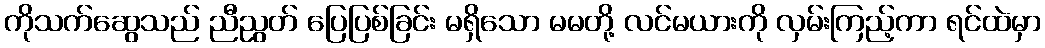
ကိုသက်ဆွေသည် ညီညွတ် ပြေပြစ်ခြင်း မရှိသော မမတို့ လင်မယားကို လှမ်းကြည့်ကာ ရင်ထဲမှာ